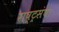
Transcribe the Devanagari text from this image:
राष्ट्रसंघ।